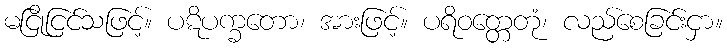
မငြိုငြင်သဖြင့်။ ပဋိပက္ခတော၊ အားဖြင့်။ ပရိဝတ္တေတုံ၊ လည်စေခြင်းငှာ။